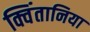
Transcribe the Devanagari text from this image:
क्विंतानिया